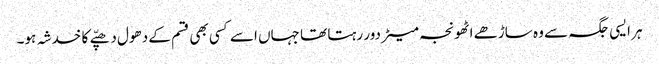
ہر ایسی جگہ سے وہ ساڑھے اٹھونجہ میٹر دور رہتا تھا جہاں اسے کسی بھی قسم کے دھول دھپّے کا خدشہ ہو۔